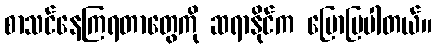
စာသင်နေကြရတာတွေကို ဆရာနိုင်က ပြောပြပါတယ်။